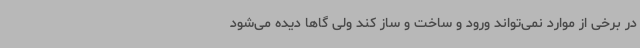
در برخی از موارد نمی‌تواند ورود و ساخت و ساز کند ولی گاها دیده می‌شود